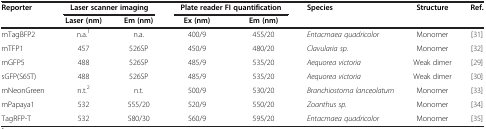
| Reporter | <COLSPAN=2> Laser scanner imaging | <COLSPAN=2> Plate reader FI quantification | Species | Structure | Ref. |
 |  | Laser (nm) | Em (nm) | Ex (nm) | Em (nm) |  |  |  |
 | --- | --- | --- | --- | --- | --- | --- | --- |
 | mTagBFP2 | n.a.1 | n.a. | 400/9 | 455/20 | Entacmaea quadricolor | Monomer | [31] |
 | mTFP1 | 457 | 526SP | 450/9 | 480/20 | Clavularia sp. | Monomer | [32] |
 | mGFP5 | 488 | 526SP | 485/9 | 535/20 | Aequorea victoria | Weak dimer | [29] |
 | sGFP(S65T) | 488 | 526SP | 485/9 | 535/20 | Aequorea victoria | Weak dimer | [30] |
 | mNeonGreen | n.t.2 | n.t. | 500/9 | 530/20 | Branchiostoma lanceolatum | Monomer | [33] |
 | mPapaya1 | 532 | 555/20 | 520/9 | 550/20 | Zoanthus sp. | Monomer | [34] |
 | TagRFP-T | 532 | 580/30 | 560/9 | 595/20 | Entacmaea quadricolor | Monomer | [35] |